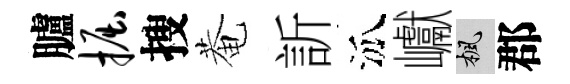
臚掘搜菴訢泒巘楓郡